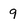
Character: 9